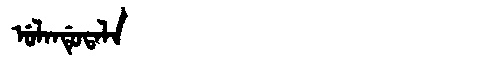
Manchu: ᡠᠯᠠᠨᡩᡠᡨᠠᠯᠠ
Romanization: ULANDUTALA